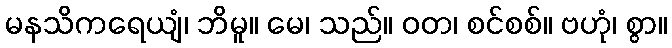
မနသိကရေယျံ၊ ဘိမူ။ မေ၊ သည်။ ဝတ၊ စင်စစ်။ ဗဟုံ၊ စွာ။